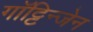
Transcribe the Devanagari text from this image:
गॉट्टिन्जेन